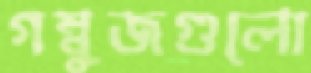
গম্বুজগুলো